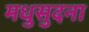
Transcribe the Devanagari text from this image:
मधुसुदना